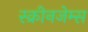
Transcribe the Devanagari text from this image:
स्क्रीनजेम्स